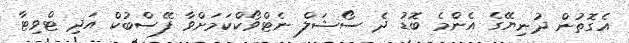
އެގޮތުން ދުނިޔޭގެ އެންމެ ބޮޑު ދެ ސޯޝަލް ނެޓްވޯކްކަމަށްވާ ފޭސްބުކް އަދި ޓްވިޓާ